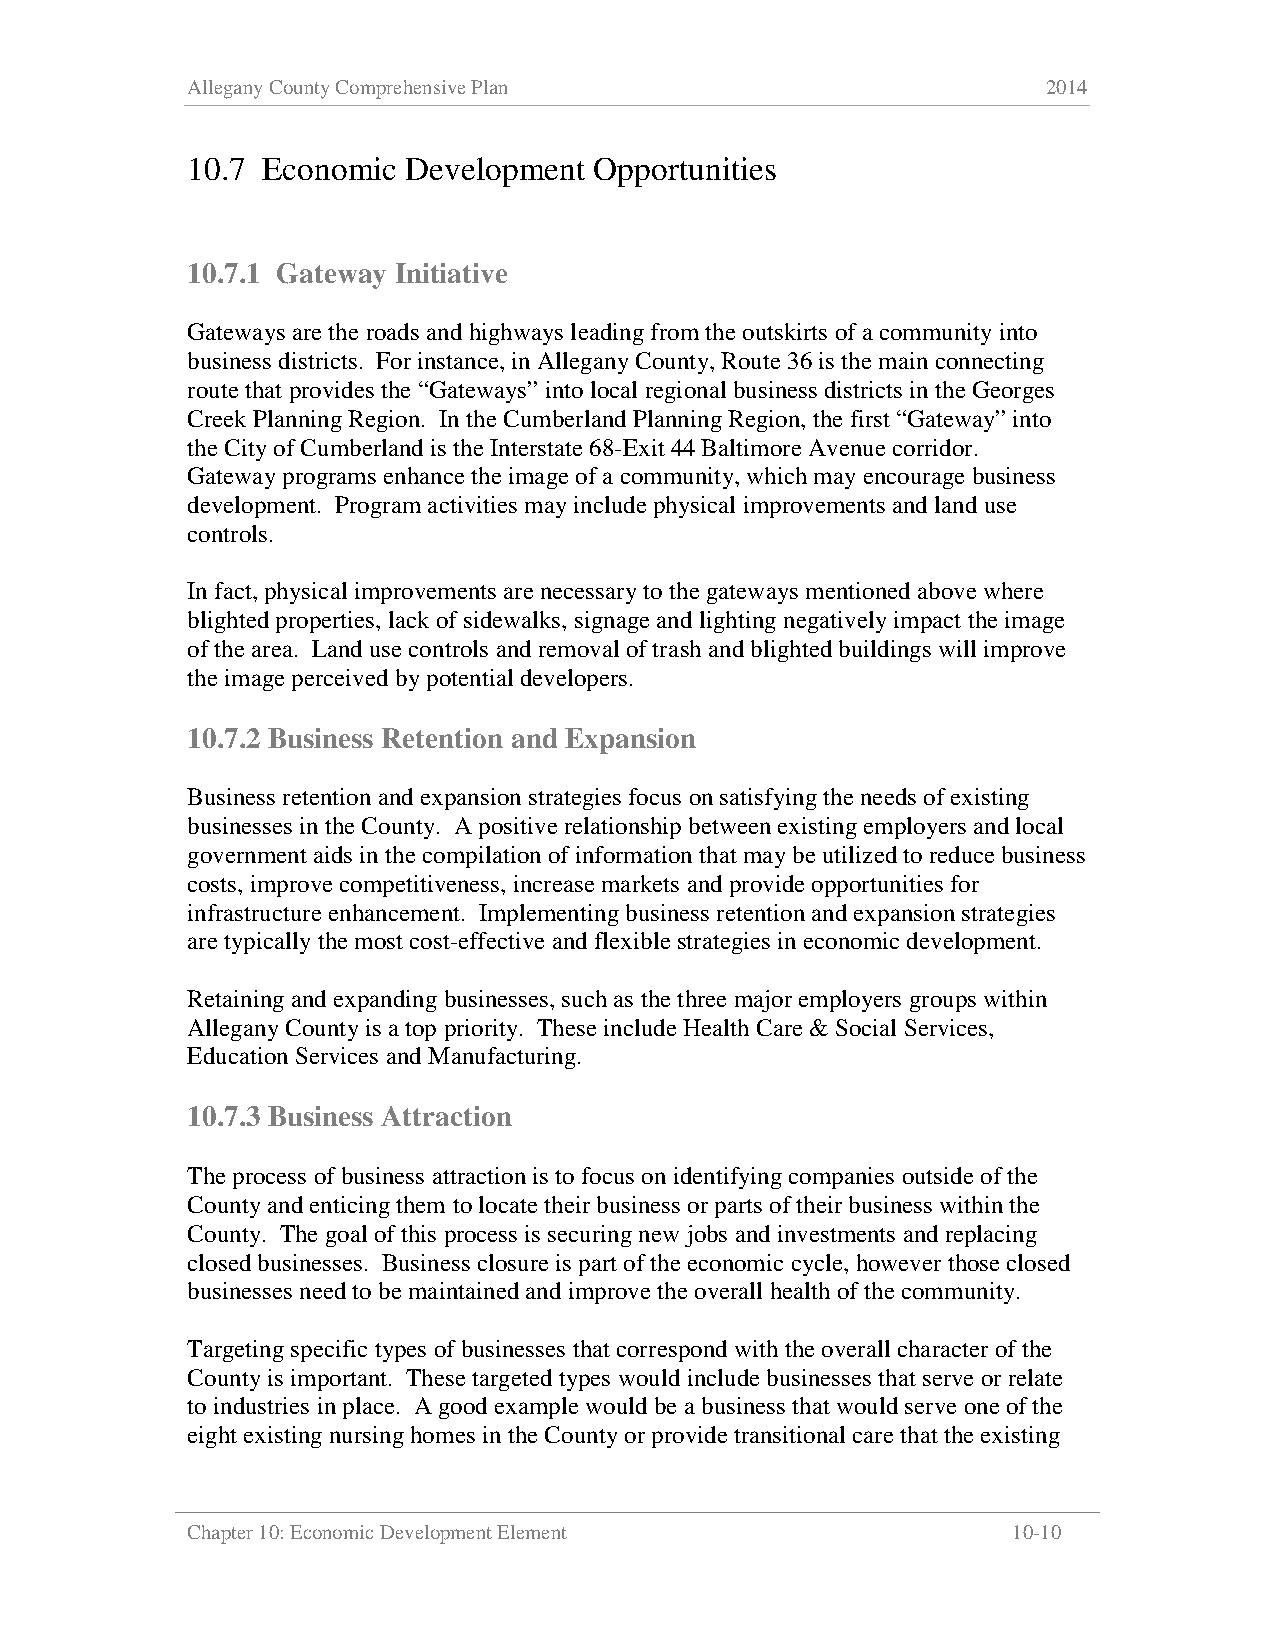
Allegany County Comprehensive Plan                       2014
 10.7 Economic  Development Opportunities
 10.7.1 Gateway Initiative
 Gateways are the roads and highways leading from the outskirts of a community into
 business districts. For instance, in Allegany County, Route 36 is the main connecting
 route that provides the “Gateways” into local regional business districts in the Georges
 Creek Planning Region. In the Cumberland Planning Region, the first “Gateway” into
 the City of Cumberland is the Interstate 68-Exit 44 Baltimore Avenue corridor.
 Gateway programs enhance the image of a community, which may encourage business
 development. Program activities may include physical improvements and land use
 controls.
 In fact, physical improvements are necessary to the gateways mentioned above where
 blighted properties, lack of sidewalks, signage and lighting negatively impact the image
 of the area. Land use controls and removal of trash and blighted buildings will improve
 the image perceived by potential developers.
 10.7.2 Business Retention and Expansion
 Business retention and expansion strategies focus on satisfying the needs of existing
 businesses in the County. A positive relationship between existing employers and local
 government aids in the compilation of information that may be utilized to reduce business
 costs, improve competitiveness, increase markets and provide opportunities for
 infrastructure enhancement. Implementing business retention and expansion strategies
 are typically the most cost-effective and flexible strategies in economic development.
 Retaining and expanding businesses, such as the three major employers groups within
 Allegany County is a top priority. These include Health Care & Social Services,
 Education Services and Manufacturing.
 10.7.3 Business Attraction
 The process of business attraction is to focus on identifying companies outside of the
 County and enticing them to locate their business or parts of their business within the
 County. The goal of this process is securing new jobs and investments and replacing
 closed businesses. Business closure is part of the economic cycle, however those closed
 businesses need to be maintained and improve the overall health of the community.
 Targeting specific types of businesses that correspond with the overall character of the
 County is important. These targeted types would include businesses that serve or relate
 to industries in place. A good example would be a business that would serve one of the
 eight existing nursing homes in the County or provide transitional care that the existing
 Chapter 10: Economic Development Element               10-10